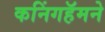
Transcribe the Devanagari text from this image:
कनिंगहॅमने